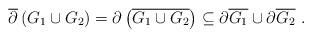
LaTeX: \begin{align*}\overline{\partial}\left( G_{1}\cup G_{2}\right) =\partial\left(\overline{G_{1}\cup G_{2}}\right) \subseteq\partial\overline{G_{1}}\cup\partial\overline{G_{2}}\ .\end{align*}